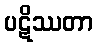
ပဋိဿတာ